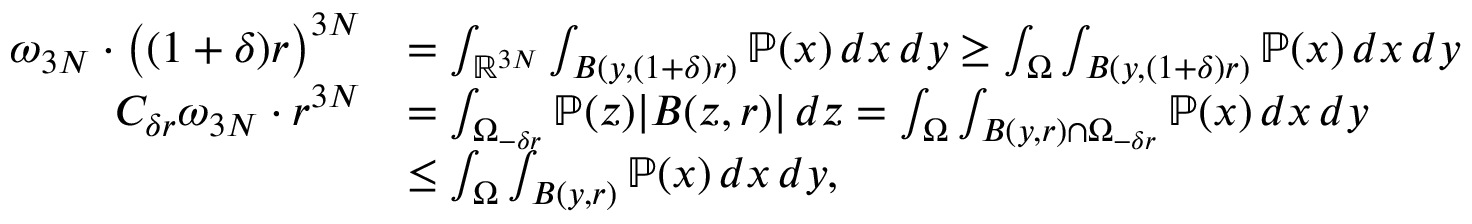
\begin{array} { r l } { \omega _ { 3 N } \cdot \bigl ( ( 1 + \delta ) r \bigr ) ^ { 3 N } } & { = \int _ { \mathbb { R } ^ { 3 N } } \int _ { B ( y , ( 1 + \delta ) r ) } \mathbb { P } ( x ) \, d x \, d y \geq \int _ { \Omega } \int _ { B ( y , ( 1 + \delta ) r ) } \mathbb { P } ( x ) \, d x \, d y } \\ { C _ { \delta r } \omega _ { 3 N } \cdot r ^ { 3 N } } & { = \int _ { \Omega _ { - \delta r } } \mathbb { P } ( z ) | B ( z , r ) | \, d z = \int _ { \Omega } \int _ { B ( y , r ) \cap \Omega _ { - \delta r } } \mathbb { P } ( x ) \, d x \, d y } \\ & { \leq \int _ { \Omega } \int _ { B ( y , r ) } \mathbb { P } ( x ) \, d x \, d y , } \end{array}